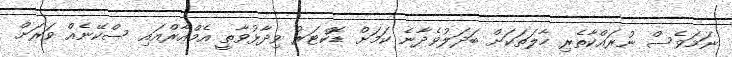
ނަމަވެސް ނުރައްކާތެރި ހާލަތަކަށް ބަދަލުވެދާނެ ކަމަށް ޑޮކްޓަރު ވިދާޅުވާތީ އެމްއާރްއައި ސްކޭނެއް ވަރަށް